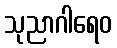
သုညာဂါရေဝ